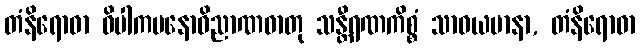
တံနိရောဓာ ဝိပါကမနောဝိညာဏဓာတု သန္တီရဏကိစ္စံ သာဓယမာနာ, တံနိရောဓာ